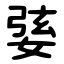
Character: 婱